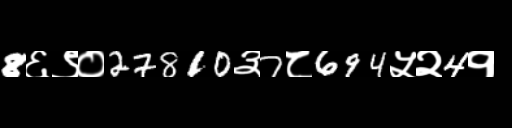
Text: 8६९०27810३7८694५२4१